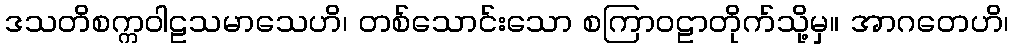
ဒသတိစက္ကဝါဠသမာသေဟိ၊ တစ်သောင်းသော စကြာဝဠာတိုက်သို့မှ။ အာဂတေဟိ၊